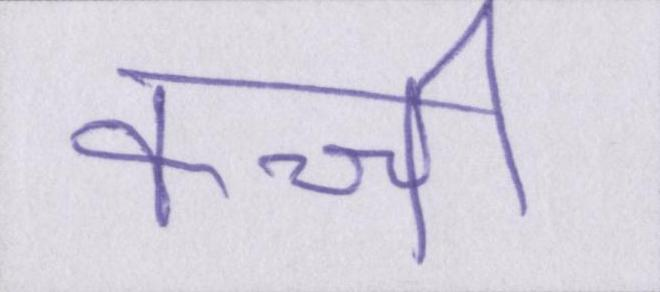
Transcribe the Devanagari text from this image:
कच्ची